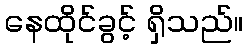
နေထိုင်ခွင့် ရှိသည်။